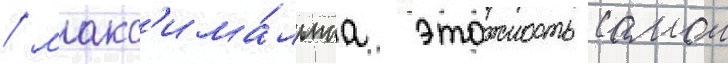
/ макс'има́льнаа этажность самои